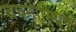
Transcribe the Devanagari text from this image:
जघनास्थिक